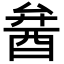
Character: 𨠢